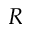
R